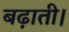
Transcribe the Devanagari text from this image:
बढ़ाती।